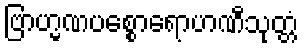
ဗြာဟ္မဏပစ္စောရောဟဏီသုတ္တံ